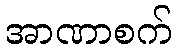
အာဏာစက်